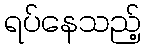
ရပ်နေသည့်